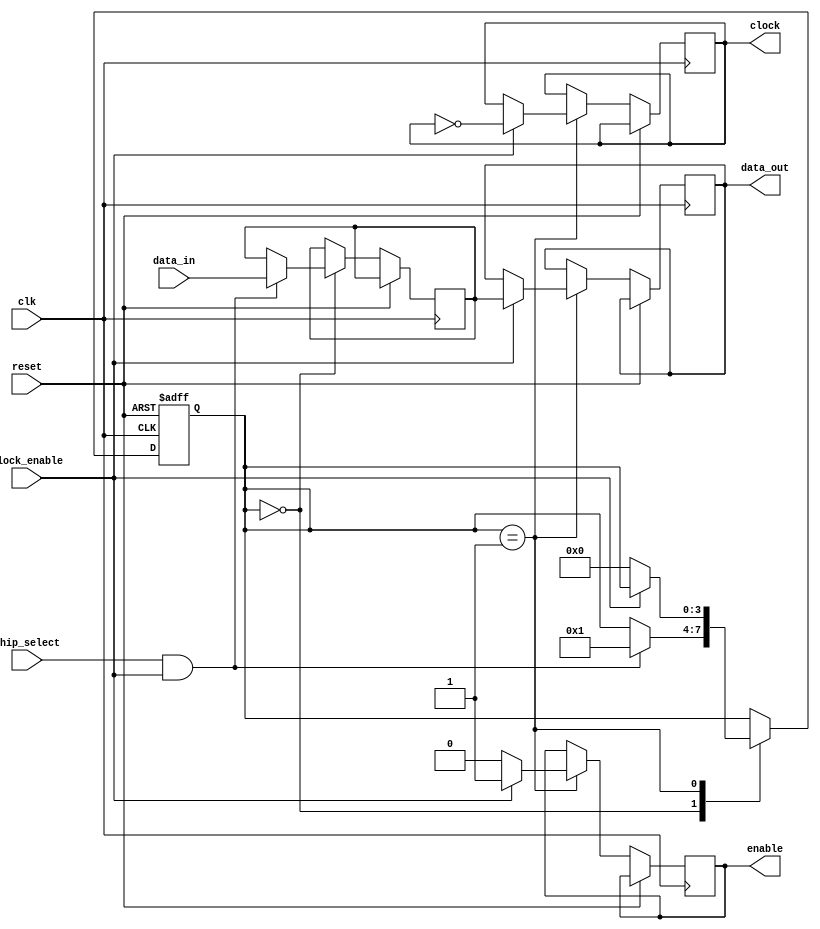
module SPI_controller (
    input wire clk,
    input wire reset,
    input wire [7:0] data_in,
    output wire [7:0] data_out,
    input wire chip_select,
    input wire clock_enable,
    output reg clock,
    output reg enable
);

reg [7:0] data_reg;
reg [3:0] state;

parameter IDLE = 4'd0;
parameter TRANSFER = 4'd1;

always @ (posedge clk or posedge reset)
begin
    if (reset)
    begin
        state <= IDLE;
    end
    else
    begin
        case (state)
            IDLE:
                begin
                    if (chip_select && clock_enable)
                    begin
                        state <= TRANSFER;
                        data_reg <= data_in;
                    end
                end
            TRANSFER:
                begin
                    if (clock_enable)
                    begin
                        clock <= ~clock;
                        data_out <= data_reg;
                        enable <= 1;
                    end
                    else
                    begin
                        state <= IDLE;
                        enable <= 0;
                    end
                end
        endcase
    end
end

endmodule